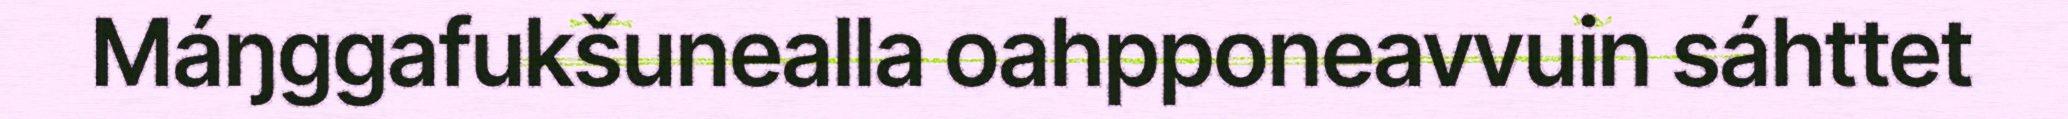
Máŋggafukšunealla oahpponeavvuin sáhttet